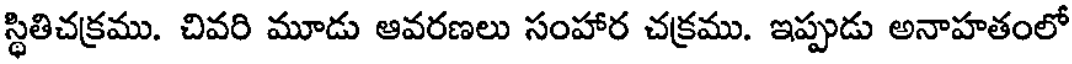
స్థితిచక్రము. చివరి మూడు ఆవరణలు సంహార చక్రము. ఇప్పుడు అనాహతంలో